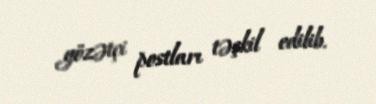
gözətçi postları təşkil edilib.